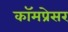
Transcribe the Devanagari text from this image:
कॉमप्रेसर